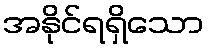
အနိုင်ရရှိသော